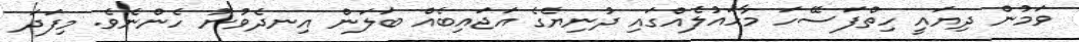
ވަމުން ދިޔައީ ހިތްފަސޭހަ މާހައުލެއްގައި ދުނިޔެގެ އަޖައިބެއް ބަލަން އިނދެވުނު ހެންނެވެ. މިފަދަ